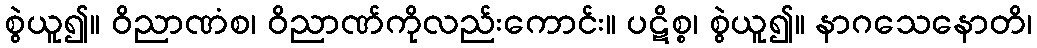
စွဲယူ၍။ ဝိညာဏံစ၊ ဝိညာဏ်ကိုလည်းကောင်း။ ပဋိစ္စ၊ စွဲယူ၍။ နာဂသေနောတိ၊